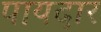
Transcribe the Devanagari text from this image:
पायदार